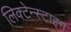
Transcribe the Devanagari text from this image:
लिक्टेन्स्टाइन